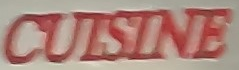
CULSINE